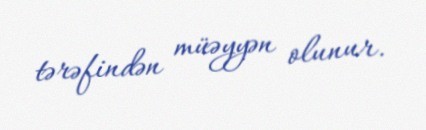
tərəfindən müəyyən olunur.